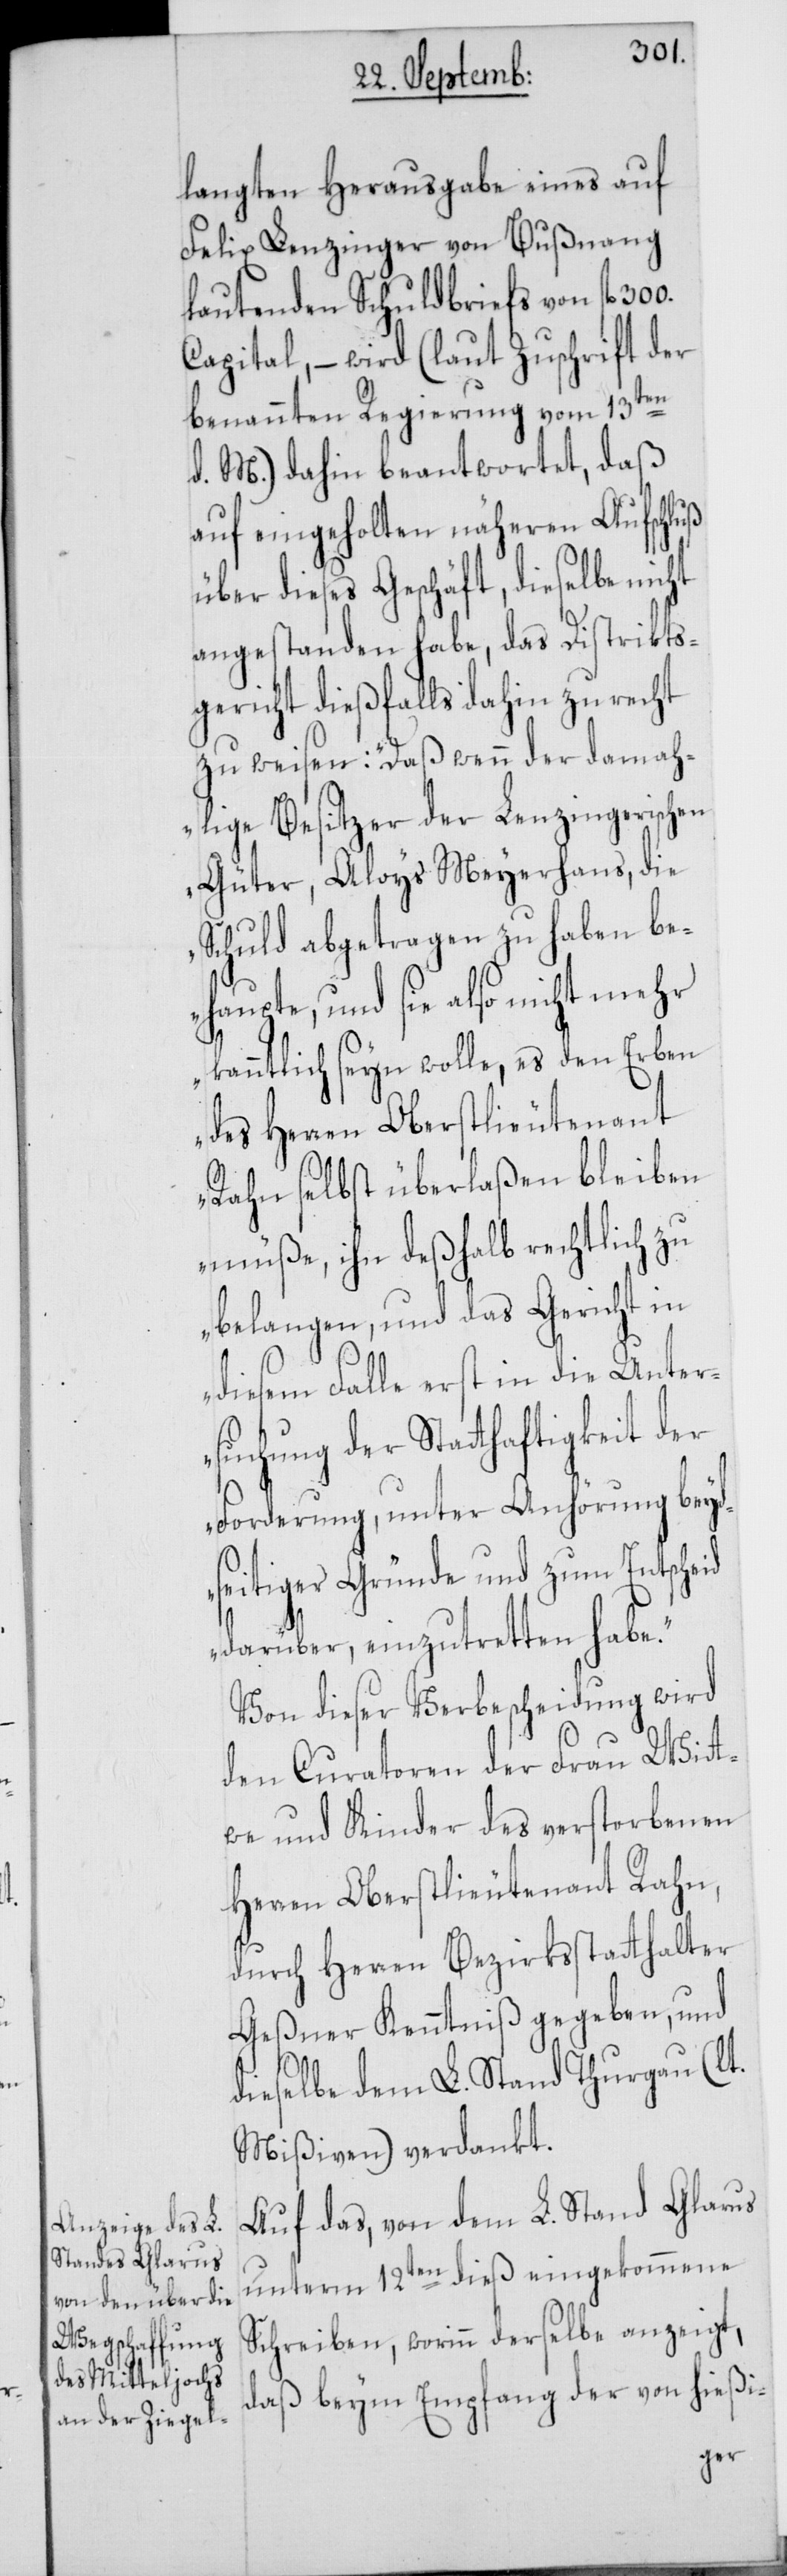
300.
langten Herausgabe eines auf
Felix Lenzinger von Bußnang
lautenden Schuldbriefs von fl.
Capital, – wird (laut Zuschrift der
benannten Regierung vom 13ten
d. M.) dahin beantwortet, daß
auf eingeholten näheren Aufschluß
über dieses Geschäft, dieselbe nicht
angestanden habe, das Distrikts¬
gericht dießfalls dahin zurecht
zu weisen: „Daß wenn der damah¬
lige Besitzer der Lenzingerischen
Güter, Aloys Meyerhans, die
Schuld abgetragen zu haben be¬
haupte, und sie also nicht mehr
bekanntlich seyn wolle, es den Erben
des Herren Oberstlieutenant
Rahn selbst überlaßen bleiben
müße, ihn deßhalb rechtlich zu
belangen, und das Gericht in
diesem Falle erst in die Unter¬
suchung der Statthaftigkeit der
Forderung, unter Anhörung beyd¬
seitiger Gründe und zum Entscheid
darüber, einzutretten habe.“
Von dieser Verbescheidung wird
den Curatoren der Frau Wit¬
twe und Kinder des verstorbenen
Herren Oberstlieutenant Rahn,
durch Herren Bezirksstatthalter
Geßner Kenntniß gegeben, und
dieselbe dem L. Stand Thurgau (lt.
Mißiven) verdankt.
Auf das, von dem L. Stand Glarus
unterm 12ten dieß eingekommene
Schreiben, worinn derselbe anzeigt,
daß beym Empfang der von hießi-